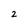
Character: 2